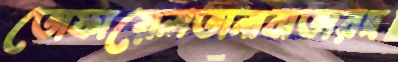
তোফায়েলতানাবাতারদ